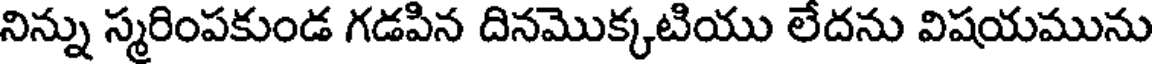
నిన్ను స్మరింపకుండ గడపిన దినమొక్కటియు లేదను విషయమును